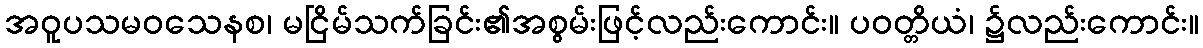
အဝူပသမဝသေနစ၊ မငြိမ်သက်ခြင်း၏အစွမ်းဖြင့်လည်းကောင်း။ ပဝတ္တိယံ၊ ၌လည်းကောင်း။